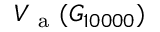
V _ { \mathrm { ~ a ~ } } ( G _ { 1 0 0 0 0 } )